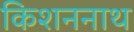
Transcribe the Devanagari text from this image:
किशननाथ